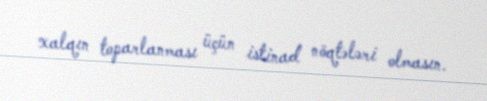
xalqın toparlanması üçün istinad nöqtələri olmasın.